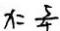
x = \frac { 5 } { 4 }